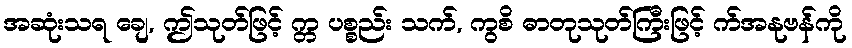
အဆုံးသရ ချေ, ဤသုတ်ဖြင့် က္တ ပစ္စည်း သက်, ကွစိ ဓာတုသုတ်ကြီးဖြင့် က်အနုဗန်ကို